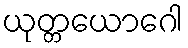
ယုတ္တယောဂေါ